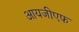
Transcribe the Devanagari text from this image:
आयजीएफ